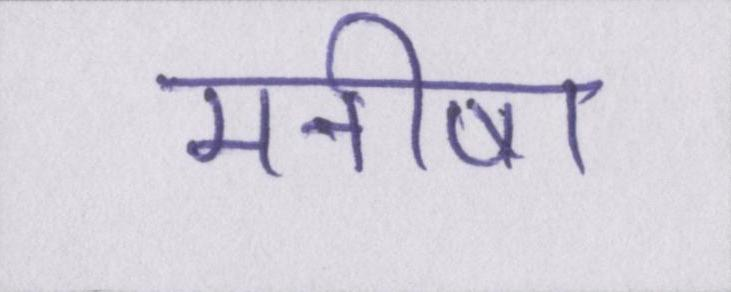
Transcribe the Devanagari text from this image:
मनीषा